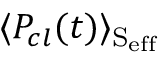
\langle P _ { c l } ( t ) \rangle _ { \mathrm { { S _ { e f f } } } }